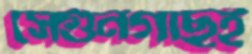
সেগুনগাছই